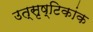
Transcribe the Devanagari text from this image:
उत्सृष्टिकांक